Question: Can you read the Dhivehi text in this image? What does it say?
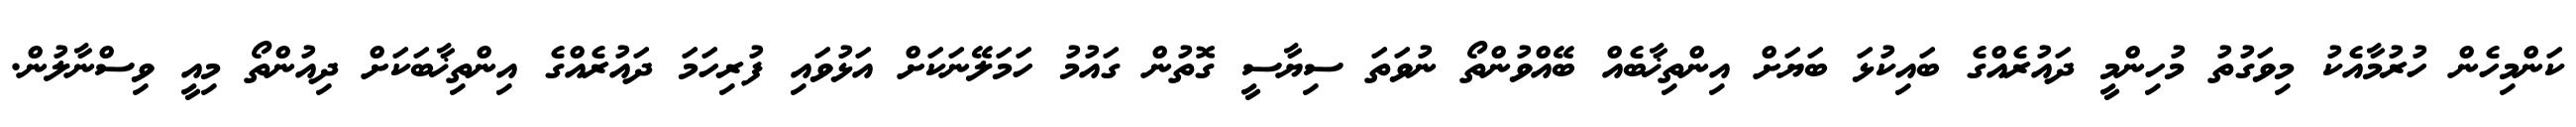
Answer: ކަންމިހެން ހުރުމާއެކު މިވަގުތު މުހިންމީ ދައުރެއްގެ ބައިކުޅަ ބަޔަށް އިންތިޚާބެއް ބޭއްވުންތޯ ނުވަތަ ސިޔާސީ ގޮތުން ގައުމު ހަމަލޭނަކަށް އަޅުވައި ފުރިހަމަ ދައުރެއްގެ އިންތިޚާބަކަށް ދިއުންތޯ މިއީ ވިސްނާލުން.